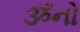
ૐનો